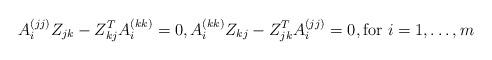
LaTeX: \begin{align*}A_i^{(jj)}Z_{jk}-Z_{kj}^TA_i^{(kk)}=0, A_i^{(kk)}Z_{kj}-Z_{jk}^TA_i^{(jj)}=0,\mbox{for $i=1,\dots,m$}\end{align*}